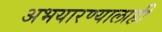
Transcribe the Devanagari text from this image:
अभयारण्यालाही